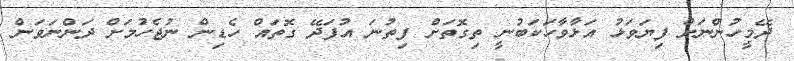
ދޭމީހުންނަށް ފިޔަވަޅު އަޅާވާހަކަބުނީ ތިގޮތަށް ފިތުނަ އުފަދޭ ގޮތައް ހެޑިން ނުޖެހުމަށް ދަންނަވަން